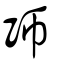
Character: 師